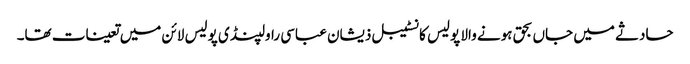
حادثے میں جاں بحق ہونے والا پولیس کانسٹیبل ذیشان عباسی راولپنڈی پولیس لائن میں تعینات تھا۔